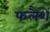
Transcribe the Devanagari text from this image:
फलैशें